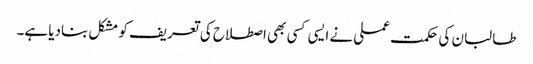
طالبان کی حکمت عملی نے ایسی کسی بھی اصطلاح کی تعریف کو مشکل بنادیا ہے۔